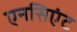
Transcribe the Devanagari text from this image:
एनसिएंट